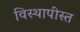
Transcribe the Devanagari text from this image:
विस्थापीस्त